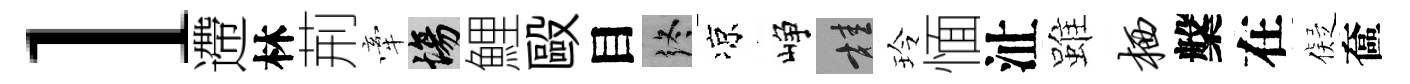
l遰林荊牽場鯉毆目终凉峥桂玲愐沚雖栖槃在儗奩